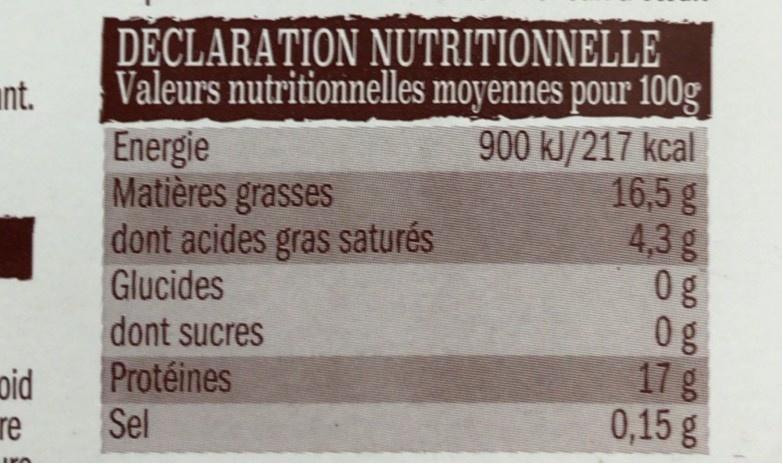
DECLARAȚION NUTRITIONNELLE Valeurs nutritionnelles moyennes pour 100g 900 kJ/217 kcal 16,5 g 4,3 g 0g 0g 17 g 0,15g
unt.
Energie Matières grasses dont acides gras saturés Glucides dont sucres
pid re
Protéines Sel